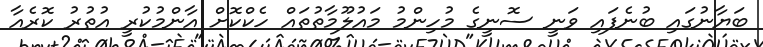
ބަޔާނުގައި ބުނެފައި ވަނީ ސޮނީގެ މުހިންމު މައުލޫމާތުތައް ހެކްކޮށް އާންމުކުރީ އުތުރު ކޮރެއާ